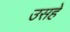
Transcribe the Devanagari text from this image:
उसहे